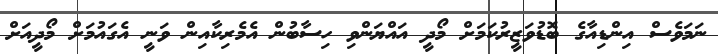
ނަމަވެސް އިންޑިއާގެ ބޮޑުވަޒީރުކަމަށް މޯދީ އައްޔަންވި ހިސާބުން އެމެރިކާއިން ވަނީ އެގައުމަށް މޯދީއަށް